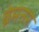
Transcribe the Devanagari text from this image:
ब्रेमनर